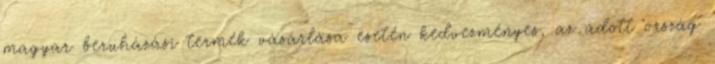
magyar beruházási termék vásárlása esetén kedvezményes, az adott ország